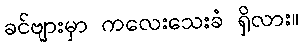
ခင်ဗျားမှာ ကလေးသေးခံ ရှိလား။